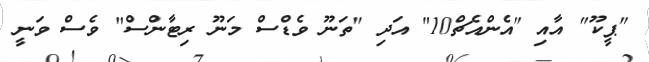
"ޕީކޫ" އާއި "އެންއެޗް10" އަދި "ތަނޫ ވެޑްސް މަނޫ ރިޓާންސް" ވެސް ވަނީ